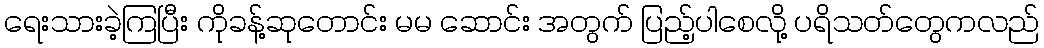
ရေးသားခဲ့ကြပြီး ကိုခန့်ဆုတောင်း မမ ဆောင်း အတွက် ပြည့်ပါစေလို့ ပရိသတ်တွေကလည်